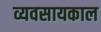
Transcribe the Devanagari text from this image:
व्यवसायकाल